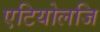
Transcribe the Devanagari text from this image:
एटियोलजि